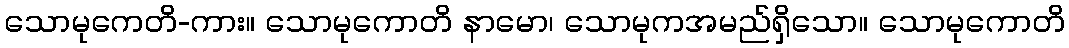
သောမုကေတိ-ကား။ သောမုကောတိ နာမော၊ သောမုကအမည်ရှိသော။ သောမုကောတိ